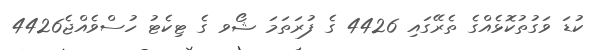
ކުޑަ ވަގުތުކޮޅެއްގެ ތެރޭގައި 4426 ގެ ފުރަތަމަ ޝޯވ ގެ ޓިކެޓު ހުސްވެއްޖެ4426